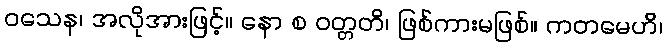
ဝသေန၊ အလိုအားဖြင့်။ နော စ ဝတ္တတိ၊ ဖြစ်ကားမဖြစ်။ ကတမေဟိ၊